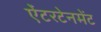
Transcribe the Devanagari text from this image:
ऐंटरटेनमेंट